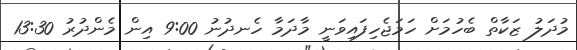
މުދަލު ޒަކާތް ބެހުމަށް ހަމަޖެހިފައިވަނީ މާދަމާ ހެނދުނު 9:00 އިން މެންދުރު 13:30